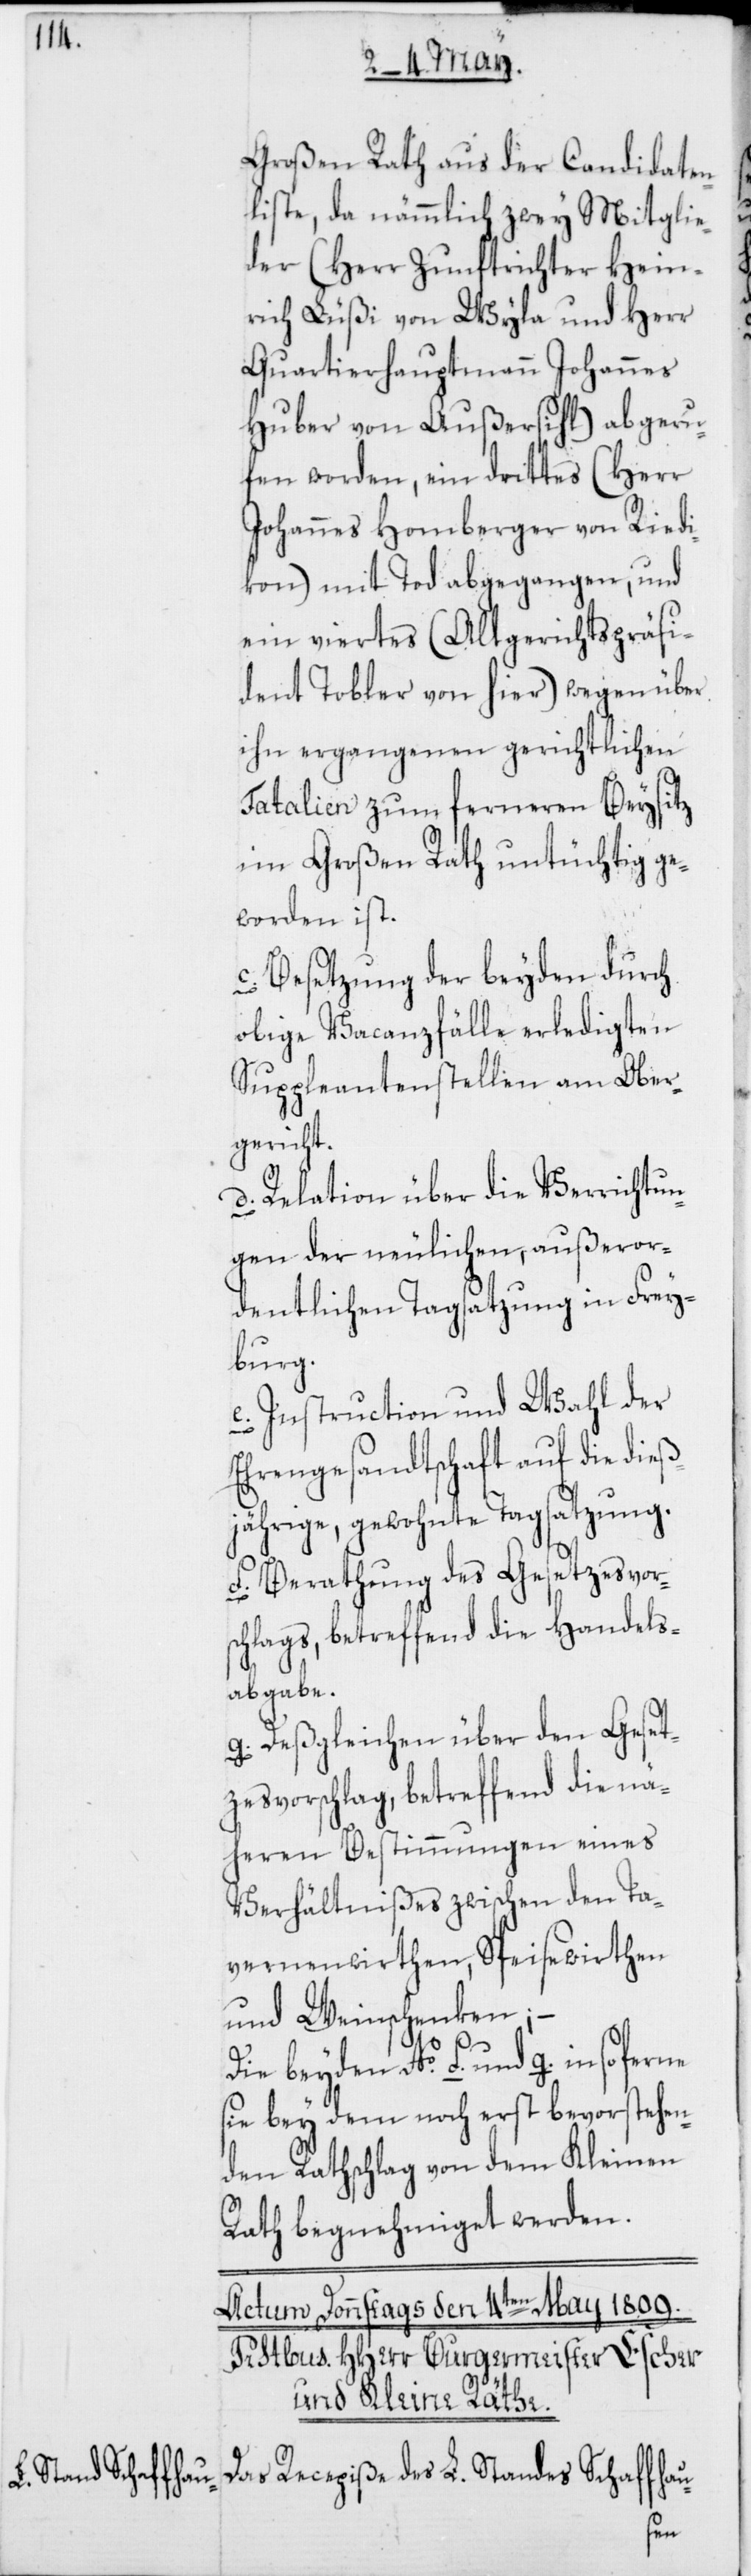
Großen Rath aus der Candidaten¬
liste, da nämmlich zwey Mitglie¬
der (Herr Zunftrichter Hein¬
rich Lüßi von Wyla und Herr
Quartierhauptmann Johannes
Huber von Außersihl) abgeru¬
fen worden, ein drittes (Herr
Johannes Homberger von Riedi¬
kon) mit Tod abgegangen, und
ein viertes (Altgerichtspräsi¬
dent Tobler von hier) wegen über
ihn ergangenen gerichtlichen
Fatalien zum ferneren Beysitz
im Großen Rath untüchtig ge¬
worden ist.
c. Besetzung der beyden durch
obige Vacanzfälle erledigten
Suppleantenstellen am Ober¬
gericht.
d. Relation über die Verrichtun¬
gen der neulichen, außeror¬
dentlichen Tagsatzung in Frey¬
burg.
e. Instruction und Wahl der
Ehrengesandtschaft auf die dieß¬
jährige, gewohnte Tagsatzung.
f. Berathung des Gesetzesvors¬
chlags betreffend die Handels¬
abgabe.
g. Deßgleichen über den Geset¬
zesvorschlag, betreffend die nä¬
heren Bestimmungen eines
Verhältnißes zwischen den Ta¬
vernenwirthen, Speisewirthen
und Weinschenken;
Die beyden No f. und g. insoferne
sie bey dem noch erst bevorstehen¬
den Rathschlag von dem Kleinen
Rath begnehmiget werden.
Das Recepiße des L. Standes Schaffhau-